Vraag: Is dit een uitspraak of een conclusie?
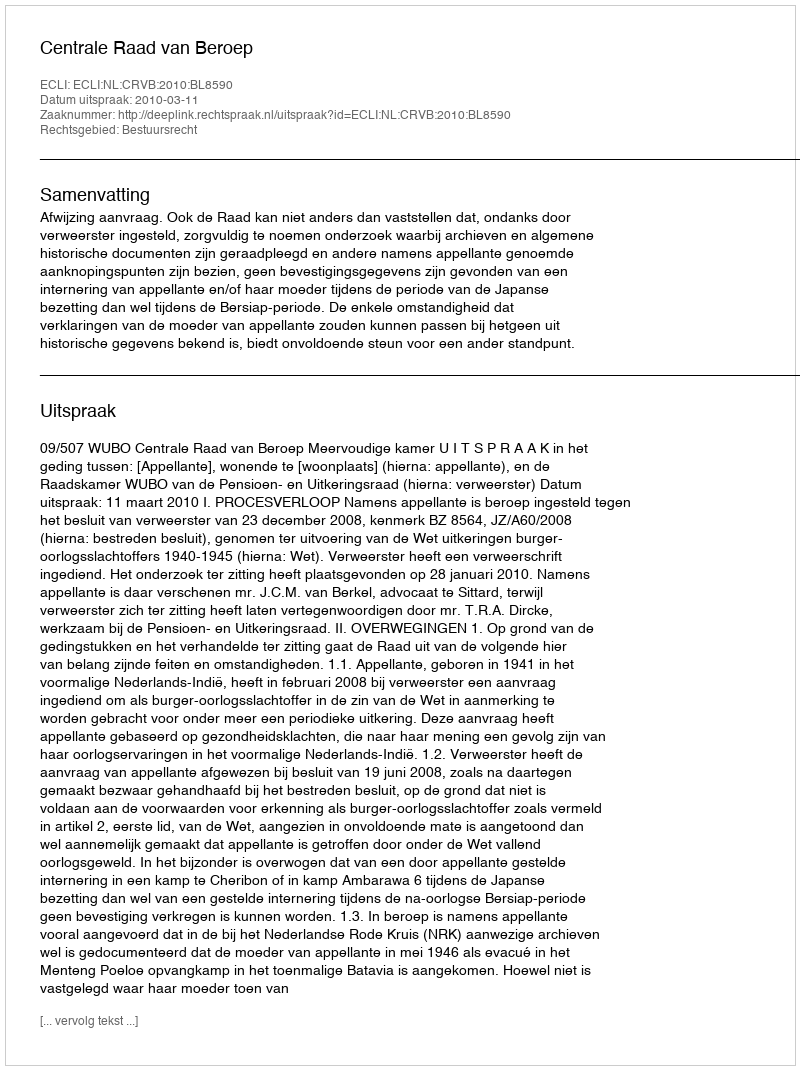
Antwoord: Uitspraak